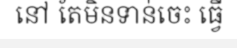
នៅ តែមិនទាន់ចេះ ធ្វើ